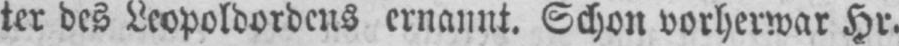
ter des Leopoldordens ernannt. Schon vorherwar Hr.